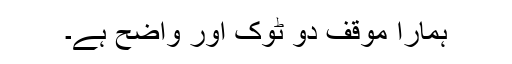
ہمارا موقف دو ٹوک اور واضح ہے۔